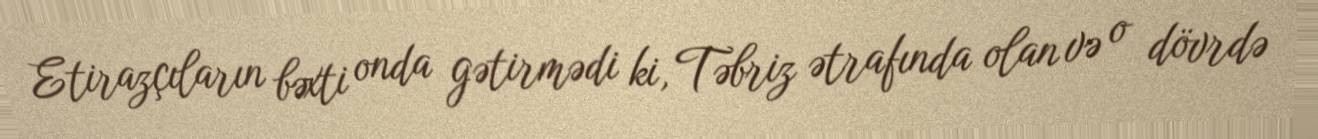
Etirazçıların bəxti onda gətirmədi ki, Təbriz ətrafında olan və o dövrdə